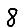
Digit: 8